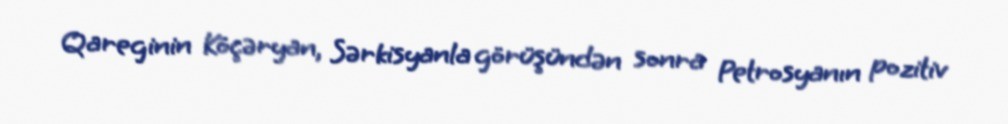
Qareginin Köçəryan, Sərkisyanla görüşündən sonra Petrosyanın pozitiv